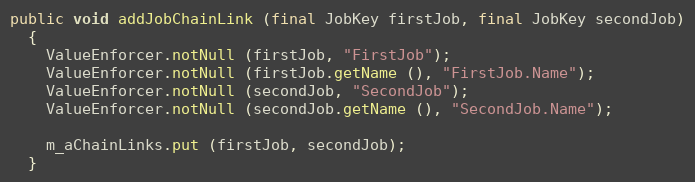
Language: Java
public void addJobChainLink (final JobKey firstJob, final JobKey secondJob)
  {
    ValueEnforcer.notNull (firstJob, "FirstJob");
    ValueEnforcer.notNull (firstJob.getName (), "FirstJob.Name");
    ValueEnforcer.notNull (secondJob, "SecondJob");
    ValueEnforcer.notNull (secondJob.getName (), "SecondJob.Name");

    m_aChainLinks.put (firstJob, secondJob);
  }